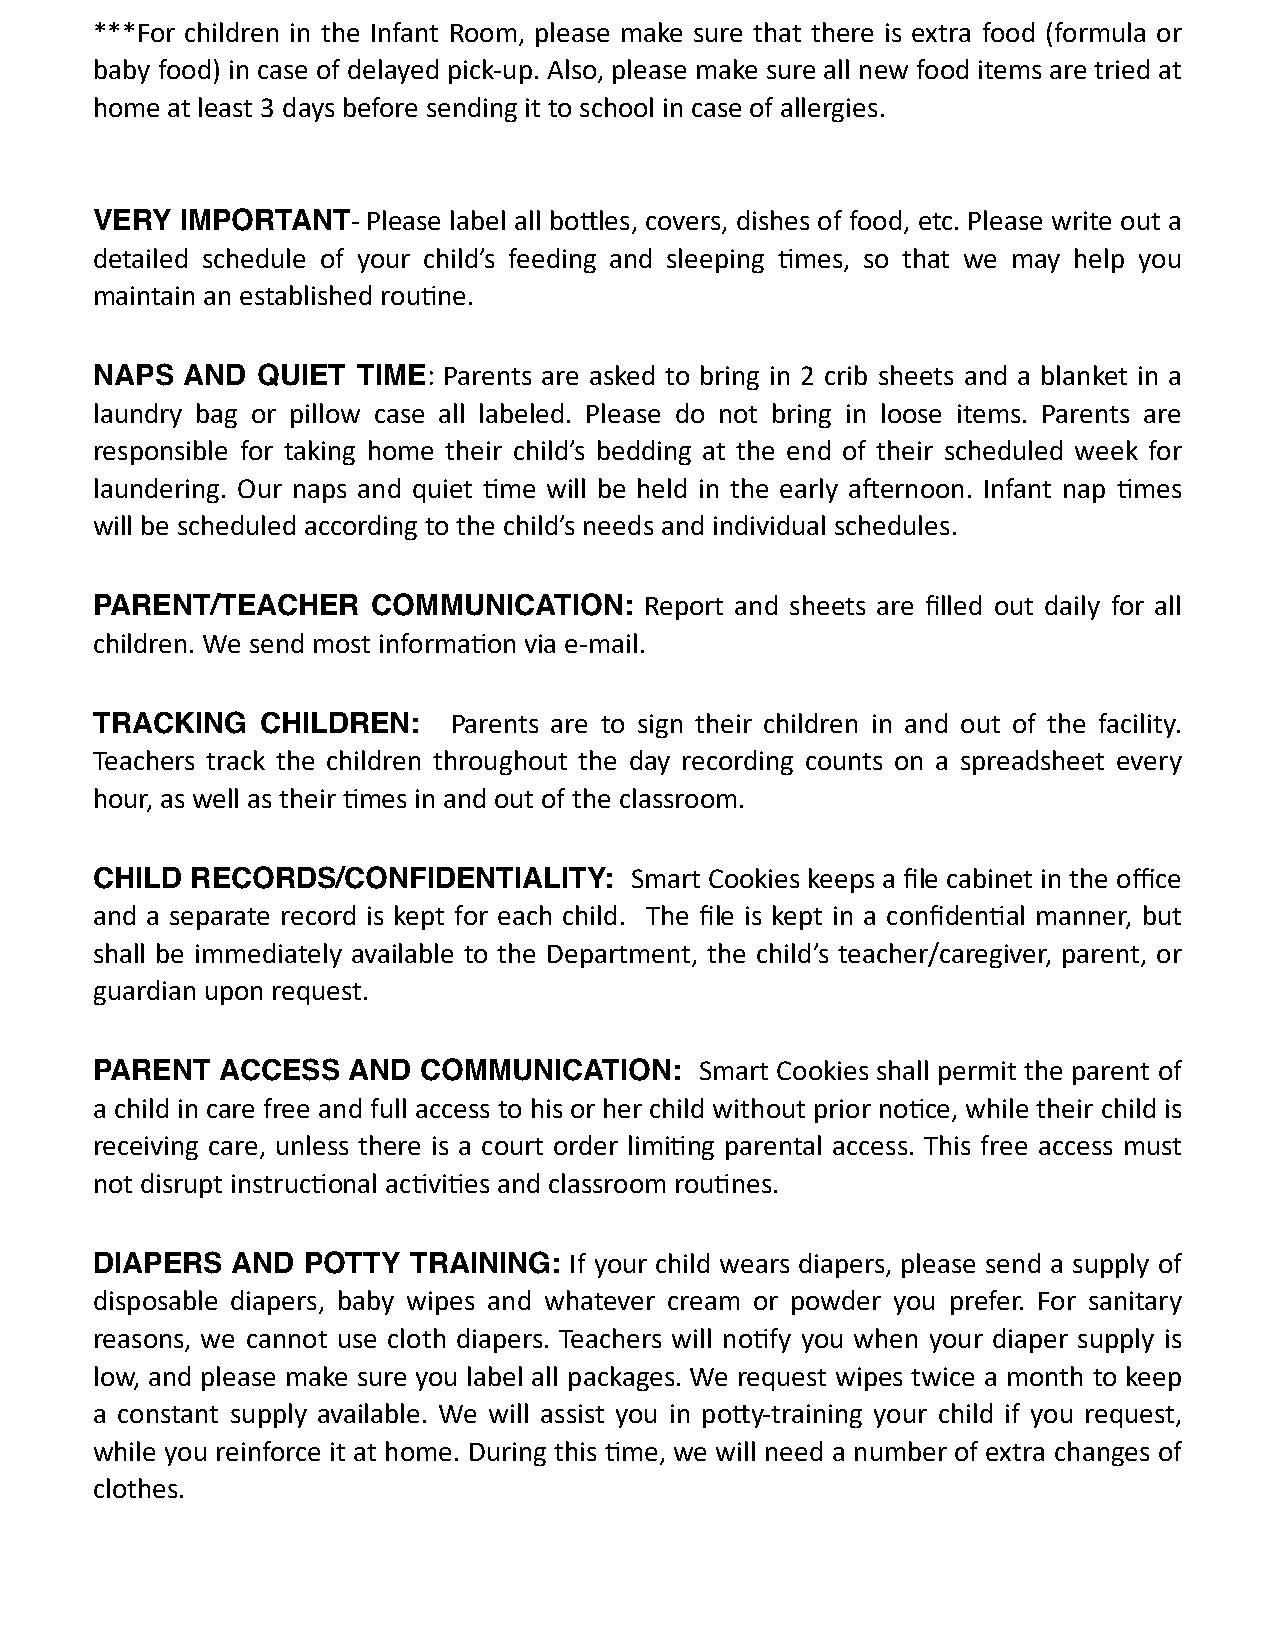
***For children in the Infant Room, please make sure that there is extra food (formula or
 baby food) in case of delayed pick-up. Also, please make sure all new food items are tried at
 home at least 3 days before sending it to school in case of allergies.
 VERY  IMPORTANT-  Please label all bogles, covers, dishes of food, etc. Please write out a
 detailed schedule of your child’s feeding and sleeping ;mes, so that we may help you
 maintain an established rou;ne.
 NAPS  AND  QUIET  TIME: Parents are asked to bring in 2 crib sheets and a blanket in a
 laundry bag or pillow case all labeled. Please do not bring in loose items. Parents are
 responsible for taking home their child’s bedding at the end of their scheduled week for
 laundering. Our naps and quiet ;me will be held in the early aiernoon. Infant nap ;mes
 will be scheduled according to the child’s needs and individual schedules.
 PARENT/TEACHER     COMMUNICATION:    Report and sheets are filled out daily for all
 children. We send most informa;on via e-mail.
 TRACKING   CHILDREN:    Parents are to sign their children in and out of the facility.
 Teachers track the children throughout the day recording counts on a spreadsheet every
 hour, as well as their ;mes in and out of the classroom.
 CHILD  RECORDS/CONFIDENTIALITY:     Smart Cookies keeps a file cabinet in the office
 and a separate record is kept for each child. The file is kept in a confiden;al manner, but
 shall be immediately available to the Department, the child’s teacher/caregiver, parent, or
 guardian upon request.
 PARENT  ACCESS   AND  COMMUNICATION:    Smart Cookies shall permit the parent of
 a child in care free and full access to his or her child without prior no;ce, while their child is
 receiving care, unless there is a court order limi;ng parental access. This free access must
 not disrupt instruc;onal ac;vi;es and classroom rou;nes.
 DIAPERS  AND  POTTY  TRAINING:  If your child wears diapers, please send a supply of
 disposable diapers, baby wipes and whatever cream or powder you prefer. For sanitary
 reasons, we cannot use cloth diapers. Teachers will no;fy you when your diaper supply is
 low, and please make sure you label all packages. We request wipes twice a month to keep
 a constant supply available. We will assist you in pogy-training your child if you request,
 while you reinforce it at home. During this ;me, we will need a number of extra changes of
 clothes.